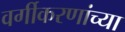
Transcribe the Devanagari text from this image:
वर्गीकरणांच्या